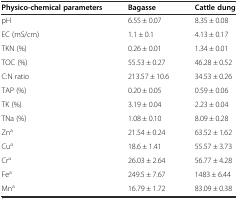
<table><thead><tr><td><b>Physico-chemical parameters</b></td><td><b>Bagasse</b></td><td><b>Cattle dung</b></td></tr></thead><tbody><tr><td>pH</td><td>6.55 ± 0.07</td><td>8.35 ± 0.08</td></tr><tr><td>EC (mS/cm)</td><td>1.1 ± 0.1</td><td>4.13 ± 0.17</td></tr><tr><td>TKN (%)</td><td>0.26 ± 0.01</td><td>1.34 ± 0.01</td></tr><tr><td>TOC (%)</td><td>55.53 ± 0.27</td><td>46.28 ± 0.52</td></tr><tr><td>C:N ratio</td><td>213.57 ± 10.6</td><td>34.53 ± 0.26</td></tr><tr><td>TAP (%)</td><td>0.20 ± 0.05</td><td>0.59 ± 0.06</td></tr><tr><td>TK (%)</td><td>3.19 ± 0.04</td><td>2.23 ± 0.04</td></tr><tr><td>TNa (%)</td><td>1.08 ± 0.10</td><td>8.09 ± 0.28</td></tr><tr><td>Zn<sup>a</sup></td><td>21.54 ± 0.24</td><td>63.52 ± 1.62</td></tr><tr><td>Cu<sup>a</sup></td><td>18.6 ± 1.41</td><td>55.57 ± 3.73</td></tr><tr><td>Cr<sup>a</sup></td><td>26.03 ± 2.64</td><td>56.77 ± 4.28</td></tr><tr><td>Fe<sup>a</sup></td><td>249.5 ± 7.67</td><td>1483 ± 6.44</td></tr><tr><td>Mn<sup>a</sup></td><td>16.79 ± 1.72</td><td>83.09 ± 0.38</td></tr></tbody></table>